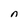
Character: n